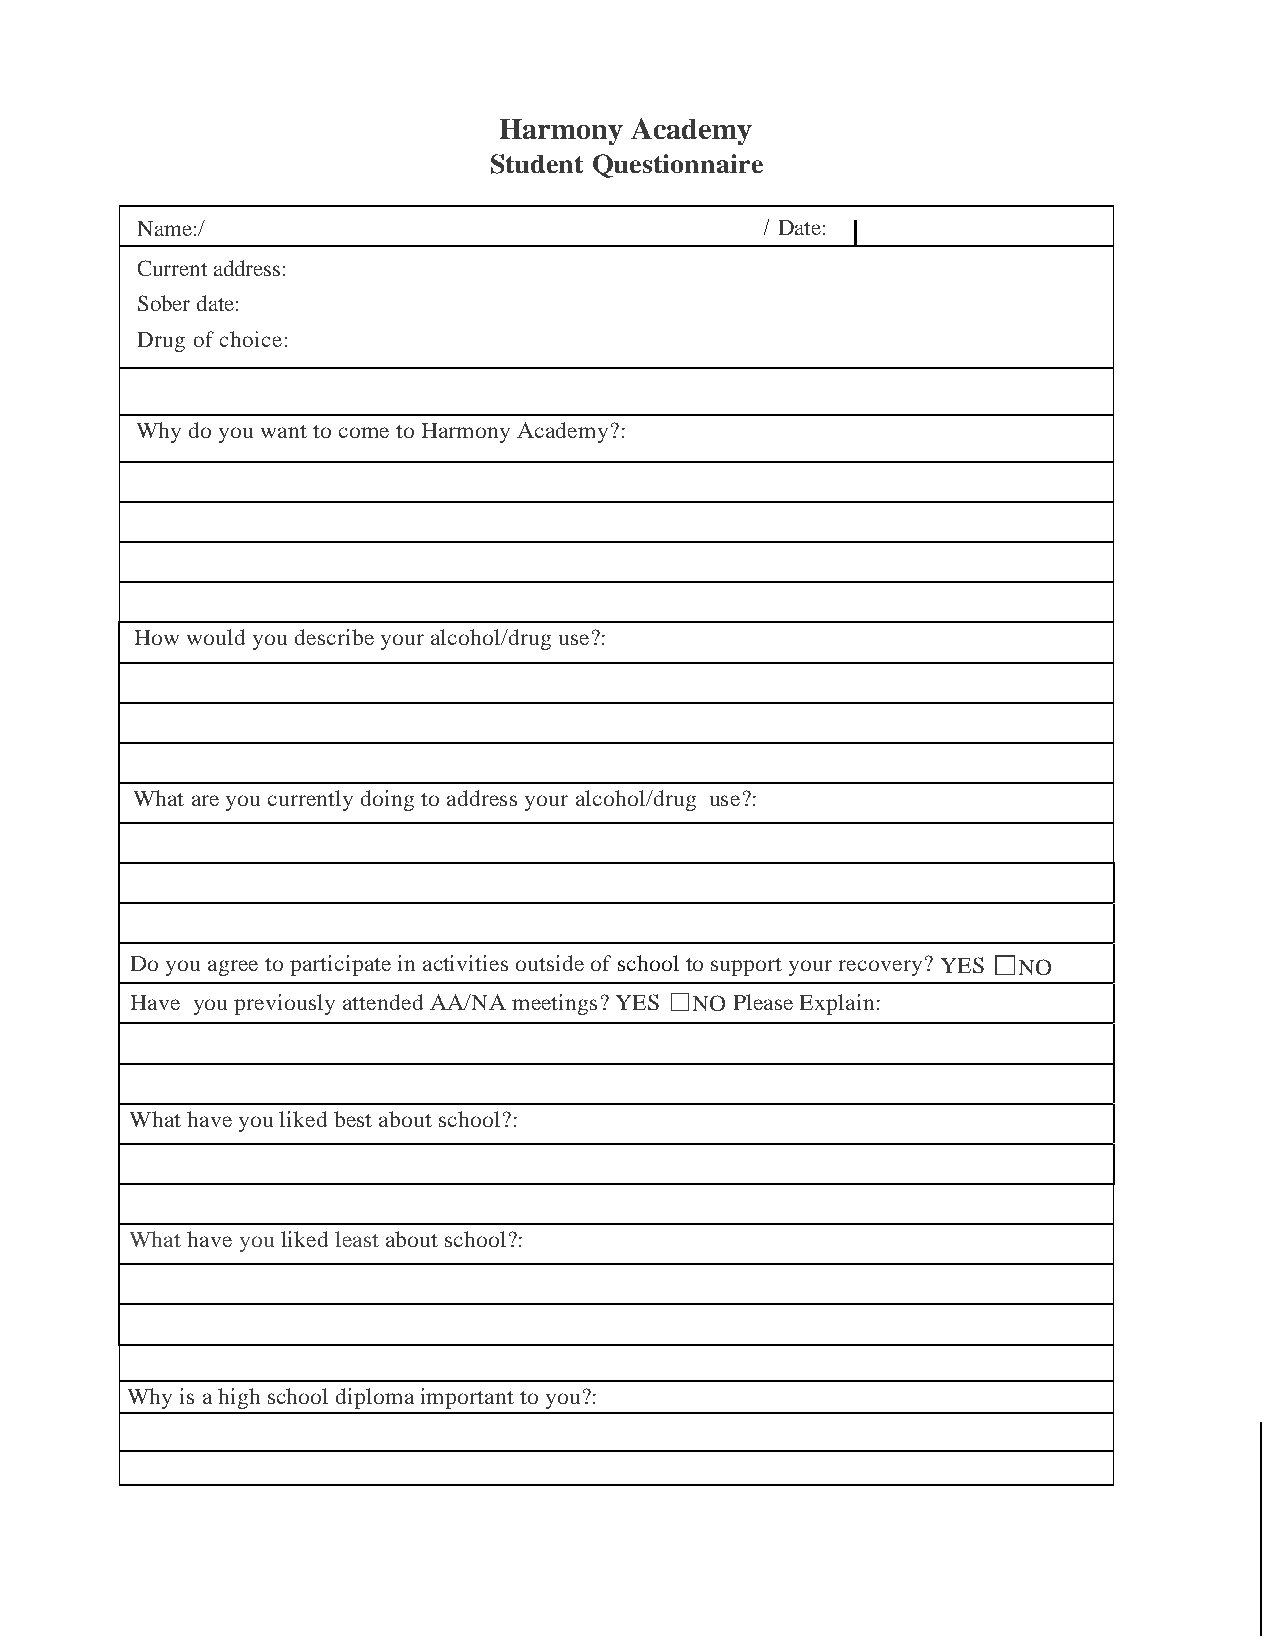
Harmony  Academy
 Student Questionnaire
 Name:/                                    / Date: I
 Current address:
 Sober date:
 Drug of choice:
 Why do you want to come to Harmony Academy?:
 How would you describe your alcohol/drug use?:
 What are you currently doing to address your alcohol/drug use?:
 □
 Do you agree to participate in activities outside of school to support your recovery? YES NO
 □
 Have you previously attended AA/NA meetings? YES NO Please Explain:
 What have you liked best about school?:
 What have you liked least about school?:
 Why is a high school diploma important to you?: